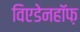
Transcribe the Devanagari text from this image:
विएडेनहॉफ़